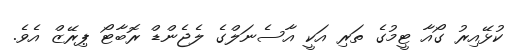
ކުޅޭއިރު ގޯއާ ޓީމުގެ ތަރި އަކީ އާސެނަލްގެ ލެޖެންޑް ރޮބާޓޯ ޕިރޭޒް އެވެ.